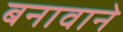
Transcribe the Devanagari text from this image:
बनावाने